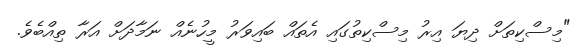
"މިސްކިތަށް ދިޔަ އިރު މިސްކިތުގައި އެތައް ބައިވަރު މީހުނެއް ނަމާދަށް އަރާ ތިއްބެވެ.